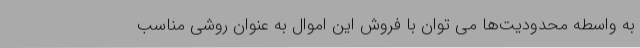
به واسطه محدودیت‌ها می توان با فروش این اموال به عنوان روشی مناسب